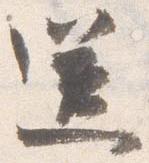
送